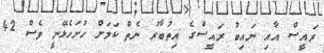
ރައީސް އާއި ނައިބު ރައީސްގެ އިތުބާރު ނެތް ކަމަށް ހުށަހެޅޭނީ ވެސް 42